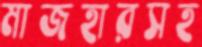
মাজহারসহ